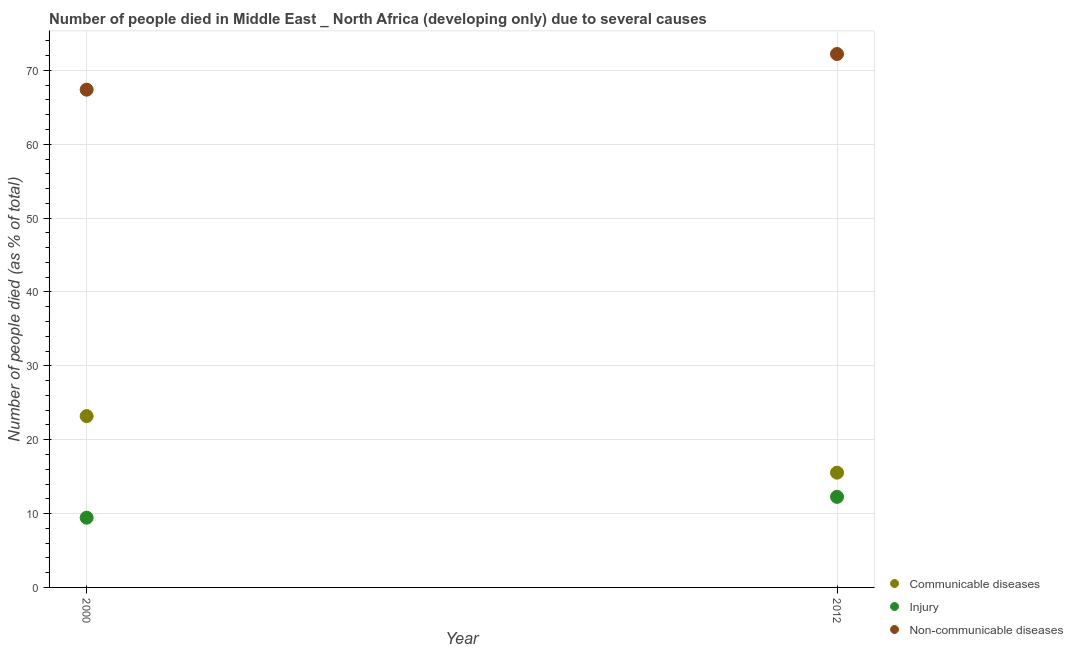
| Year | Communicable diseases | Injury | Non-communicable diseases |
 | --- | --- | --- | --- |
 | 2000 | 23.2 | 9.44 | 67.4 |
 | 2012 | 15.5 | 12.3 | 72.2 |